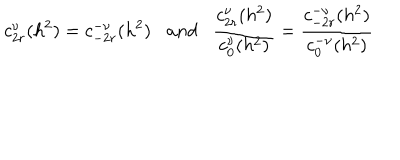
c _ { 2 r } ^ { \nu } ( h ^ { 2 } ) = c _ { - 2 r } ^ { - \nu } ( h ^ { 2 } ) a n d \frac { c _ { 2 r } ^ { \nu } ( h ^ { 2 } ) } { c _ { 0 } ^ { \nu } ( h ^ { 2 } ) } = \frac { c _ { - 2 r } ^ { - \nu } ( h ^ { 2 } ) } { c _ { 0 } ^ { - \nu } ( h ^ { 2 } ) }